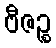
ဗီဇဉ္စ